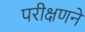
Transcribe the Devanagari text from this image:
परीक्षणने